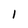
Character: 1